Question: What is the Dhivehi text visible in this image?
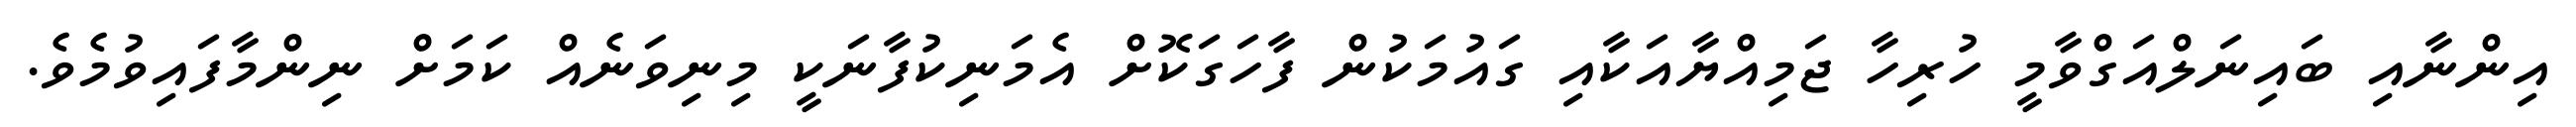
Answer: އިންނާއި ބައިނަލްއަގްވާމީ ހުރިހާ ޖަމިއްޔާއަކާއި ގައުމަކުން ފާހަގަކޮށް އެމަނިކުފާނަކީ މިނިވަނެއް ކަމަށް ނިންމާފައިވުމެވެ.